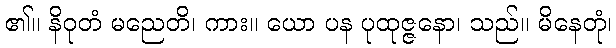
၏။ နိဝုတံ မညေတိ၊ ကား။ ယော ပန ပုထုဇ္ဇနော၊ သည်။ မိနေတုံ၊